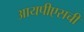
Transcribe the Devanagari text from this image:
आयपीएसची